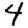
Digit: 4